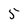
Character: 5